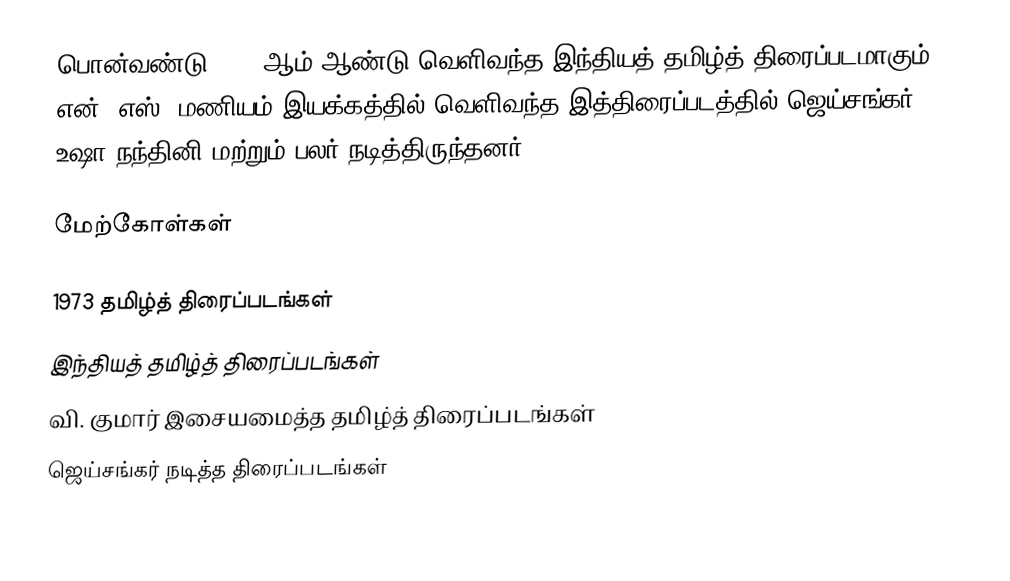
பொன்வண்டு 1973 ஆம் ஆண்டு வெளிவந்த இந்தியத் தமிழ்த் திரைப்படமாகும். என். எஸ். மணியம் இயக்கத்தில் வெளிவந்த இத்திரைப்படத்தில் ஜெய்சங்கர், உஷா நந்தினி மற்றும் பலர் நடித்திருந்தனர்.

மேற்கோள்கள்

1973 தமிழ்த் திரைப்படங்கள்
இந்தியத் தமிழ்த் திரைப்படங்கள்
வி. குமார் இசையமைத்த தமிழ்த் திரைப்படங்கள்
ஜெய்சங்கர் நடித்த திரைப்படங்கள்